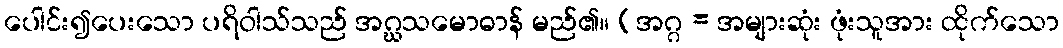
ပေါင်း၍ပေးသော ပရိဝါသ်သည် အဂ္ဃသမောဓာန် မည်၏။ (အဂ္ဂ = အများဆုံး ဖုံးသူအား ထိုက်သော